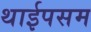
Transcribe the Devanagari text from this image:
थाईपसम